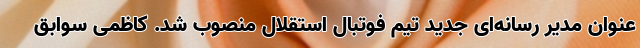
عنوان مدیر رسانه‌ای جدید تیم فوتبال استقلال منصوب شد. کاظمی سوابق